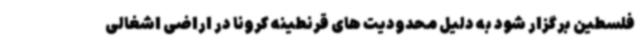
فلسطین برگزار شود به دلیل محدودیت های قرنطینه کرونا در اراضی اشغالی